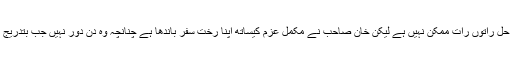
پاکستان کے پیچیدہ مسائل کا حل راتوں رات ممکن نہیں ہے لیکن خان صاحب نے مکمل عزم کیساتھ اپنا رختِ سفر باندھا ہے چنانچہ وہ دن دور نہیں جب بتدریج ہر شے درست ہو جائے گی۔